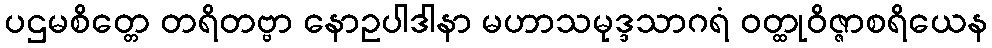
ပဌမစိတ္တေ တရိတဗ္ဗာ နောဥပါဒါနာ မဟာသမုဒ္ဒသာဂရံ ဝတ္ထုဝိဇ္ဇာစရိယေန